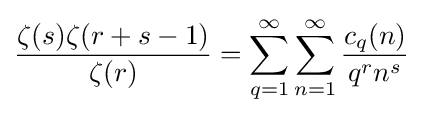
{\frac {\zeta (s)\zeta (r+s-1)}{\zeta (r)}}=\sum _{q=1}^{\infty }\sum _{n=1}^{\infty }{\frac {c_{q}(n)}{q^{r}n^{s}}}